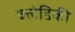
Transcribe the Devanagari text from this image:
क्लेडिकी